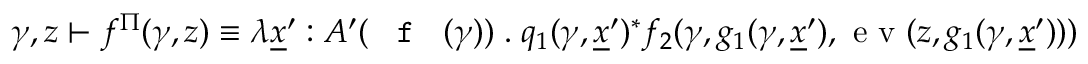
\gamma , z \vdash f ^ { \Pi } ( \gamma , z ) \equiv \lambda \underline { { x } } ^ { \prime } : A ^ { \prime } ( \textnormal { \texttt { f } } ( \gamma ) ) \; . \; q _ { 1 } ( \gamma , \underline { { x } } ^ { \prime } ) ^ { * } f _ { 2 } ( \gamma , g _ { 1 } ( \gamma , \underline { { x } } ^ { \prime } ) , \textnormal { e v } ( z , g _ { 1 } ( \gamma , \underline { { x } } ^ { \prime } ) ) )